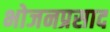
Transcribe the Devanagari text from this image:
भोजनप्रसाद